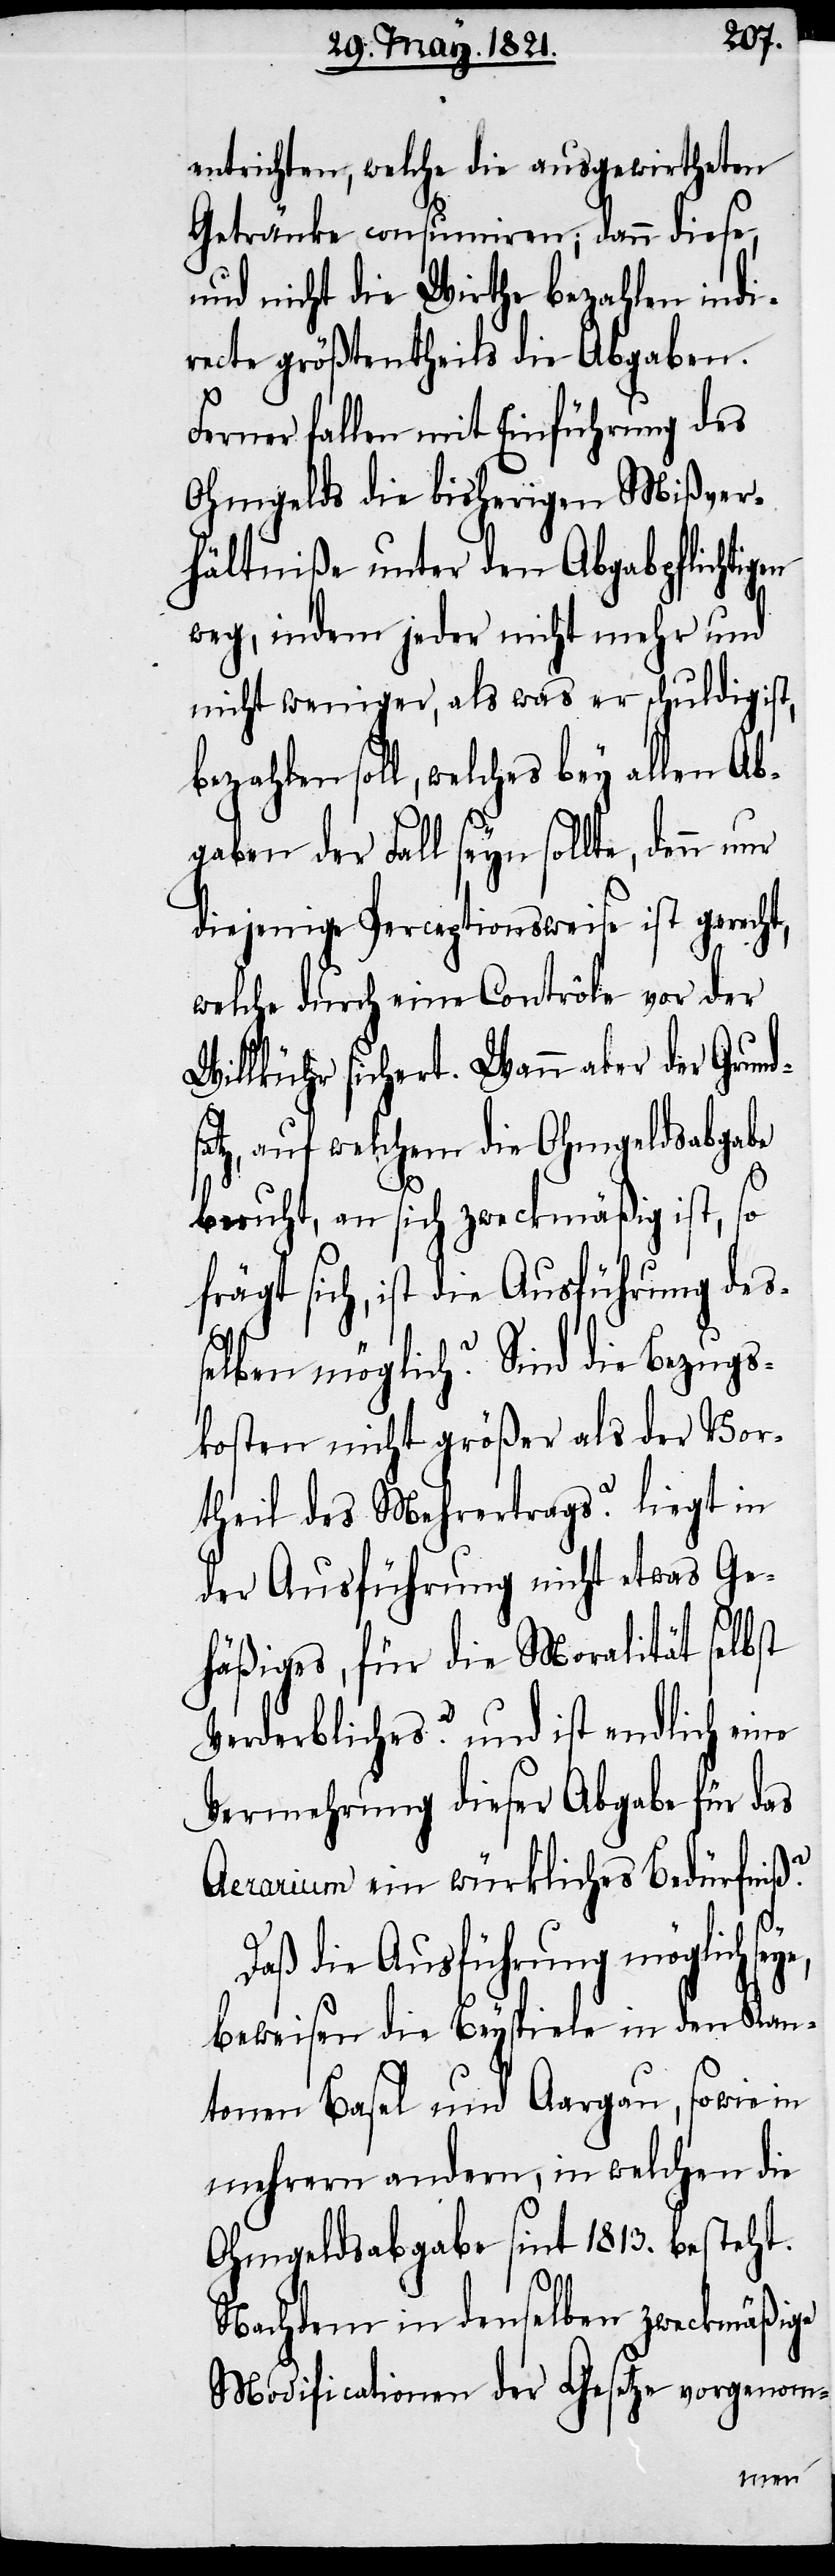
satz,
entrichten, welche die ausgewirtheten
Getränke consumiren; dann diese,
und nicht die Wirthe bezahlen indi¬
recte größtentheils die Abgaben.
Ferner fallen mit Einführung des
Ohmgelds die bisherigen Mißver¬
hältniße unter den Abgabepflichtigen
weg, indem jeder nicht mehr und
nicht weniger, als was er schuldig ist,
bezahlen soll, welches bey allen Ab¬
gaben der Fall seyn sollte, denn nur
diejenige Perceptionsweise ist gerecht,
welche durch eine Contrôle vor der
Willkühr sichert. Wann aber der Grund¬
auf welchem die Ohmgeldsabgabe
beruht, an sich zweckmäßig ist, so
fragt sich, ist die Ausführung deß¬
elben möglich? Sind die Bezugs¬
kosten nicht größer als der Vor¬
theil des Mehrertrags? liegt in
der Ausführung nicht etwas Ge¬
häßiges, für die Moralität selbst
Verderbliches? und ist endlich eine
Vermehrung dieser Abgabe für das
Aerarium ein würkliches Bedürfniß?
Daß die Ausführung möglich
bewiesen die Beyspiele in den Kan¬
tonen Basel und Aargau, sowie in
mehrern andern, in welchen die
Ohmgeldsabgabe seit 1813. besteht.
Nachdem in denselben zweckmäßige
Modificationen der Gesetze vorgenom-